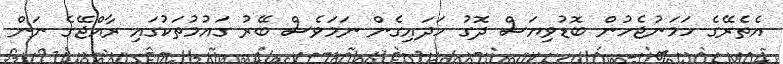
އެތެރޭގެ ހަމަނުޖެހުން ބޮޑުވިޔަސް ދޮގު ހަދައިގެން ނަމަވެސް ބޭރު ގައުމުތަކުގައި ރާއްޖޭގެ ނަން